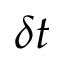
\delta t